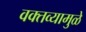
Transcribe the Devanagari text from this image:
वक्तव्यामुळे